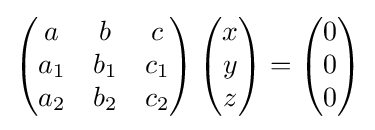
\left({\begin{matrix}a&b&c\\a_{1}&b_{1}&c_{1}\\a_{2}&b_{2}&c_{2}\end{matrix}}\right)\left({\begin{matrix}x\\y\\z\end{matrix}}\right)=\left({\begin{matrix}0\\0\\0\end{matrix}}\right)